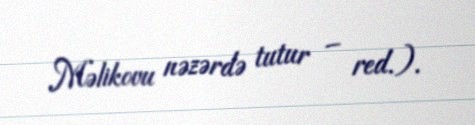
Məlikovu nəzərdə tutur – red.).